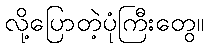
လို့ပြောတဲ့ပုံကြီးတွေ။